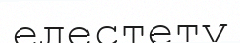
елестету